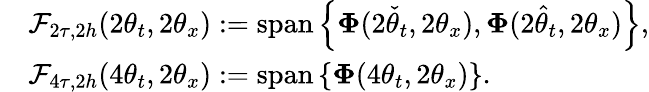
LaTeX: \begin{array}{rl}&{\mathcal{F}_{2\tau,2h}(2\theta_{t},2\theta_{x}):=\mathrm{span}\left\{ \boldsymbol{\Phi}(2\check{\theta}_{t},2\theta_{x}),\boldsymbol{\Phi}(2\hat{\theta}_{t},2\theta_{x})\right\} ,}\\ &{\mathcal{F}_{4\tau,2h}(4\theta_{t},2\theta_{x}):=\mathrm{span}\left\{ \boldsymbol{\Phi}(4\theta_{t},2\theta_{x})\right\} .}\end{array}